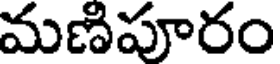
మణిపూరం